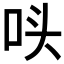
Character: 𭇚